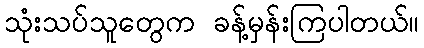
သုံးသပ်သူတွေက ခန့်မှန်းကြပါတယ်။